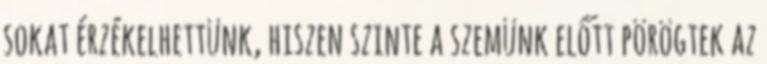
sokat érzékelhettünk, hiszen szinte a szemünk előtt pörögtek az